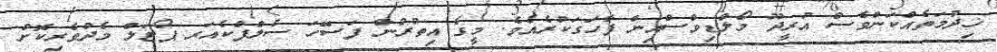
ޚިދުމަތެއްކަންވެސް އުރީދޫ މޯލްޑިވްސްއިން ފާހަގަކުރެއެވެ. މީގެ އިތުރުން ފަސޭހަ ސެލްފްކެއަރ ޕޯޓަލް މެދުވެރިކޮށް